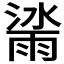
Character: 𣾙